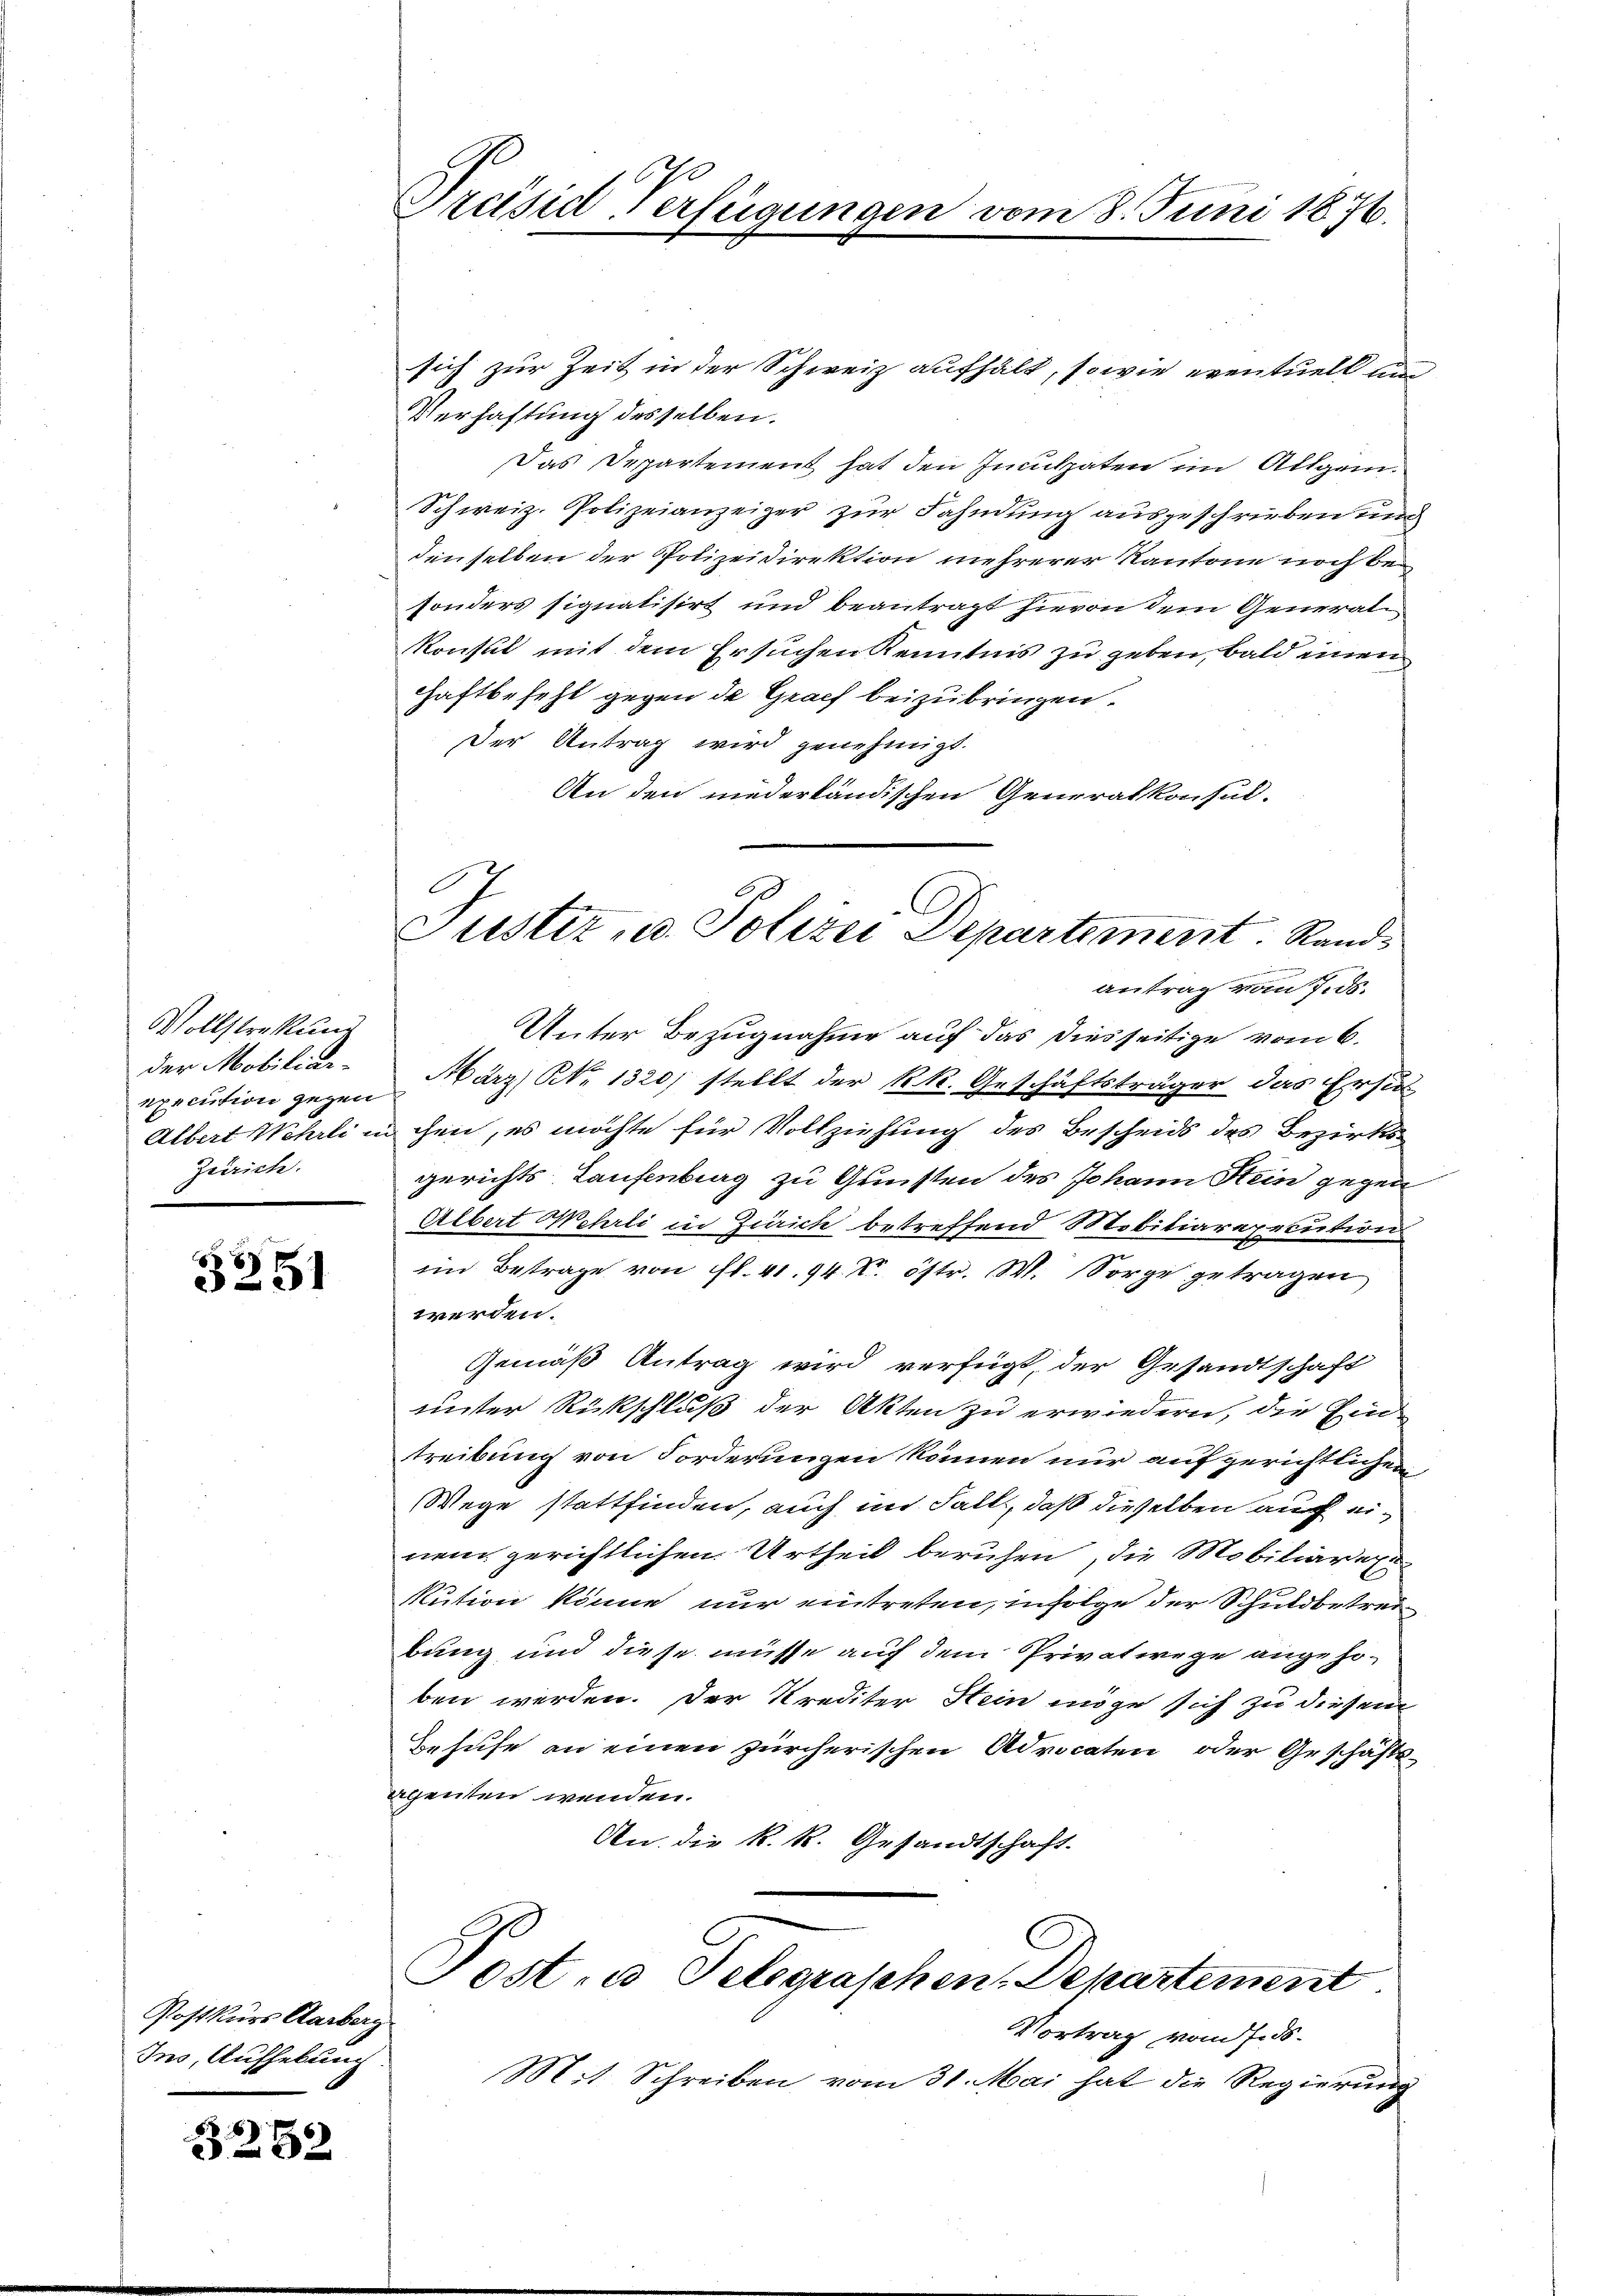
Vollstreckung
der Mobiliar-
Zürich.

5251

Postkurs Aarberg
Ins, Aufhebung.

3252

Präisis Verfügungen von

sich zur Zeit in der Schweiz aufhält, sowie eventuell um
Verhaftung desselben.
Das Departement hat den Inculpaten im Allgem.
Schweiz. Polizeianzeiger zur Fahndung ausgeschrieben und
denselben der Polizeidirektion mehrerer Kantone noch besonders signatisirt und beantragt hievon dem Generalkonsul mit dem Ersuchen Kenntnis zu geben, bald einen
Haftbefehl gegen de Graf beizubringen.
Der Antrag wird genehmigt.
An den niederländischen Generalkonsul-
Antrag vom 7. ds.
Unter Bezugnahme auf das diesseitige vom 6.
execution gegen Frz. Nr. 1320) stellt der kk. Geschäftsträger das Ersu
Albert Wehrli in ihm, es möchte für Vollziehung des Bescheids des Bezirksgerichts Laufenburg zu Gunsten des Johann Stein gegen
Albert Wehrli in Zürich betreffend Mobiliarexecution
im Betrage von fl. 41. 94. Xr. östr. W. Sorge getragen
werden.
Gemäß Antrag wird verfügt, der Gesandtschaft
unter Rückschluß der Akten zu erwiedern, die Ein-
treibung von Forderungen können nur aufgerichtlichen
Wege stattfinden, auch im Fall, daß dieselben auf einem gerichtlichen Urtheil beruhen, die Mobiliarege
Rution könne nur eintreten, infolge der Schuldbetrei
bung und diese müsse auf dem Privatwege angehoben werden. Der Krediter Stein möge sich zu diesem
Behufe an einen zürcherischen Advocaten oder Geschäftsagenten wenden.
An die k. k. Gesandtschaft.
Post. a Telegraschen-Departement
Vortrag vom 18.
Mit Schreiben vom 31. Mai hat die Regierung

Justiz u. Polizei Departement. Rands
.

18. Juni 1876.